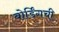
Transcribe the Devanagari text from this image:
बोर्डिंगची